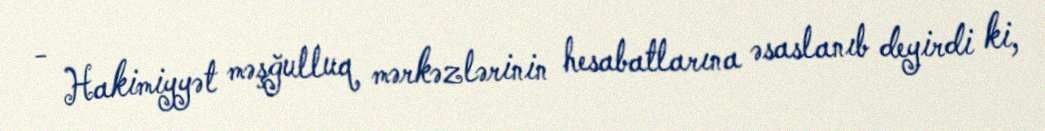
- Hakimiyyət məşğulluq mərkəzlərinin hesabatlarına əsaslanıb deyirdi ki,